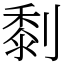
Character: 㓿